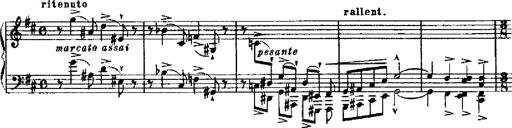
Title: RÃ©miniscences de Robert le diable
Composer: Franz Liszt